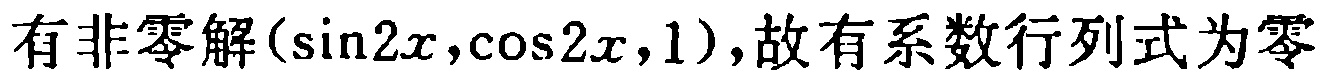
有非零解$(\sin2x,\cos2x,1)$,故有系数行列式为零